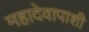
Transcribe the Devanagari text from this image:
महादेवापाशी